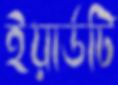
ইয়ার্ডটি